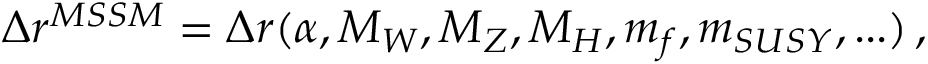
\Delta r ^ { M S S M } = \Delta r ( \alpha , M _ { W } , M _ { Z } , M _ { H } , m _ { f } , m _ { S U S Y } , . . . ) \, ,